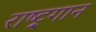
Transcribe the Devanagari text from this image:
राष्ट्र्गान